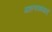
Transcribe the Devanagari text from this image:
महत्वकांक्षाएं